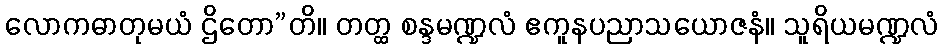
လောကဓာတုမယံ ဌိတော”တိ။ တတ္ထ စန္ဒမဏ္ဍလံ ဧကူနပညာသယောဇနံ။ သူရိယမဏ္ဍလံ